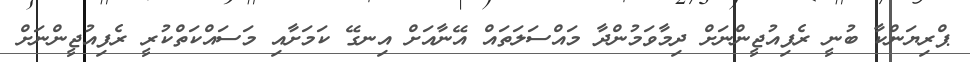
ޕްރިޔަންކާ ބުނީ ރެފިއުޖީންނަށް ދިމާވަމުންދާ މައްސަލަތައް އޭނާއަށް އިނގޭ ކަމަށާއި މަސައްކަތްކުރީ ރެފިއުޖީންނަށް